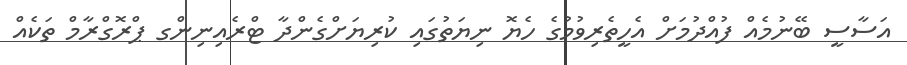
އަސާސީ ބޭނުމެއް ފުއްދުމަށް އެހީތެރިވުމުގެ ހެޔޮ ނިޔަތުގައި ކުރިޔަށްގެންދާ ޓްރެއިނިންގ ޕްރޮގްރާމް ތަކެއް